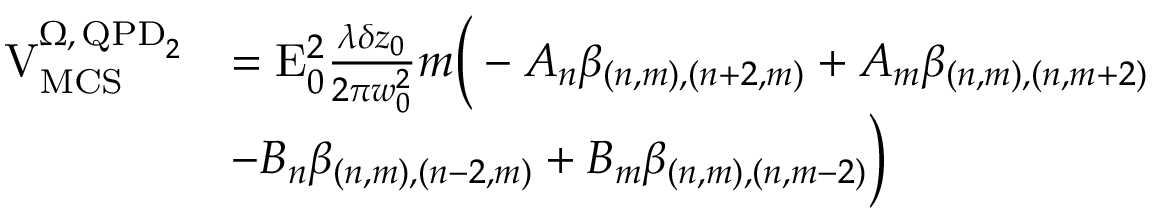
\begin{array} { r l } { \mathrm { V } _ { \mathrm { M C S } } ^ { \Omega , \, \mathrm { Q P D } _ { 2 } } } & { = \mathrm { E } _ { 0 } ^ { 2 } \frac { \lambda \delta z _ { 0 } } { 2 \pi w _ { 0 } ^ { 2 } } m \Big ( - A _ { n } \beta _ { ( n , m ) , ( n + 2 , m ) } + A _ { m } \beta _ { ( n , m ) , ( n , m + 2 ) } } \\ & { - B _ { n } \beta _ { ( n , m ) , ( n - 2 , m ) } + B _ { m } \beta _ { ( n , m ) , ( n , m - 2 ) } \Big ) } \end{array}